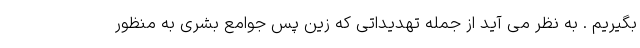
بگیریم . به نظر می آید از جمله تهدیداتی که زین پس جوامع بشری به منظور